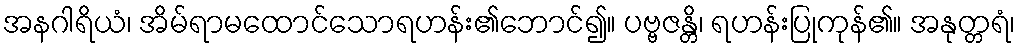
အနဂါရိယံ၊ အိမ်ရာမထောင်သောရဟန်း၏ဘောင်၍။ ပဗ္ဗဇန္တိ၊ ရဟန်းပြုကုန်၏။ အနုတ္တရံ၊